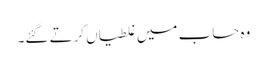
وہ حساب میں غلطیاں کرتے گئے۔